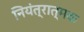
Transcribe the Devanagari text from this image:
नियंत्रात्मक